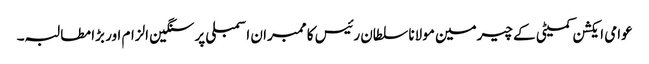
عوامی ایکشن کمیٹی کے چیرمین مولانا سلطان رئیس کا ممبران اسمبلی پر سنگین الزام اور بڑا مطالبہ۔